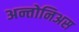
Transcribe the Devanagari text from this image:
अन्तोनिअस